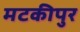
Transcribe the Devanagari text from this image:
मटकीपुर